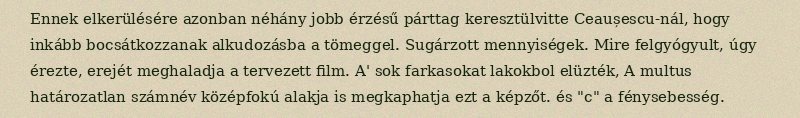
Ennek elkerülésére azonban néhány jobb érzésű párttag keresztülvitte Ceaușescu-nál, hogy inkább bocsátkozzanak alkudozásba a tömeggel. Sugárzott mennyiségek. Mire felgyógyult, úgy érezte, erejét meghaladja a tervezett film. A' sok farkasokat lakokbol elüzték, A multus határozatlan számnév középfokú alakja is megkaphatja ezt a képzőt. és "c" a fénysebesség.